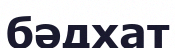
бәдхат